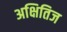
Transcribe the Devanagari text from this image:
अक्षितिज